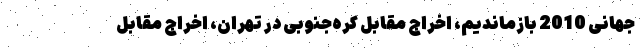
جهانی 2010 بازماندیم، اخراج مقابل کره‌جنوبی در تهران، اخراج مقابل